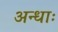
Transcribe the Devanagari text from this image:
अन्धाः